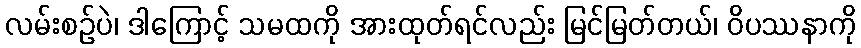
လမ်းစဉ်ပဲ၊ ဒါကြောင့် သမထကို အားထုတ်ရင်လည်း မြင်မြတ်တယ်၊ ဝိပဿနာကို